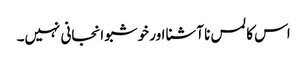
اس کا لمس نا آشنا اور خوشبو انجانی نہیں۔